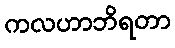
ကလဟာဘိရတာ